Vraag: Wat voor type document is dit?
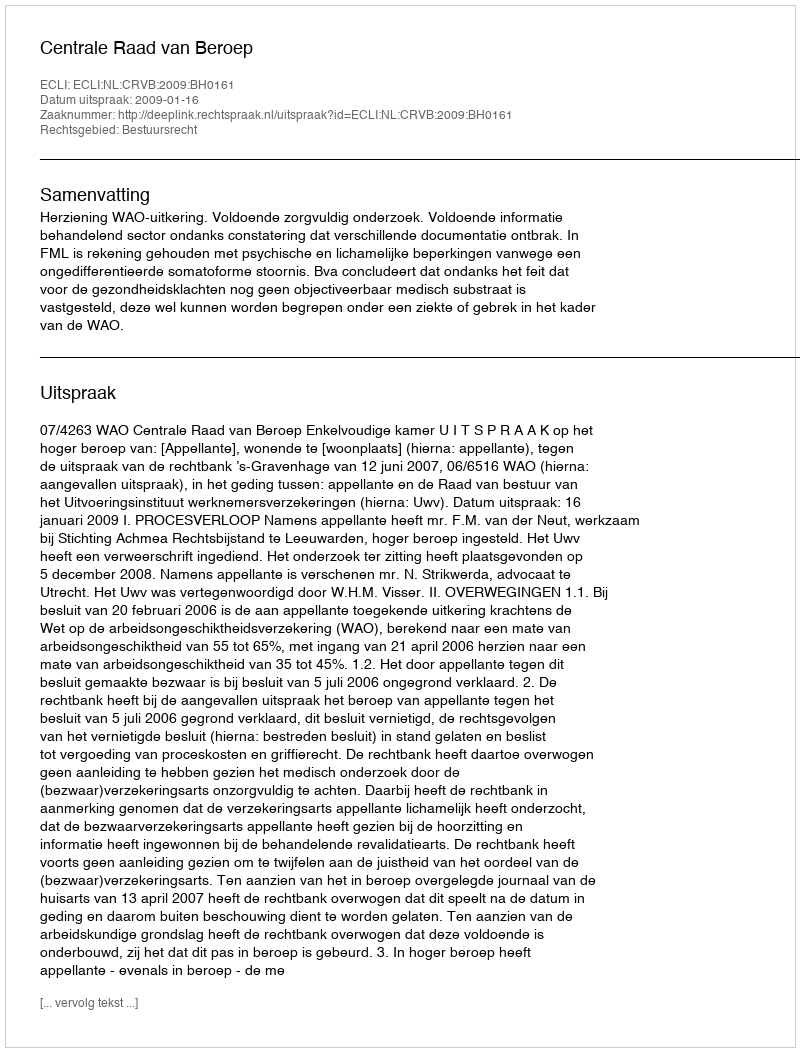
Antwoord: Uitspraak